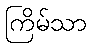
ကြိမ်သာ